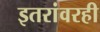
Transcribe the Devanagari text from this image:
इतरांवरही